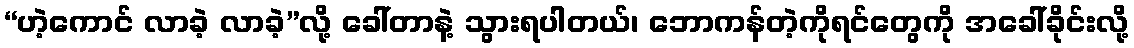
“ဟဲ့ကောင် လာခဲ့ လာခဲ့”လို့ ခေါ်တာနဲ့ သွားရပါတယ်၊ ဘောကန်တဲ့ကိုရင်တွေကို အခေါ်ခိုင်းလို့